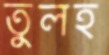
তুলহ